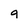
Character: g